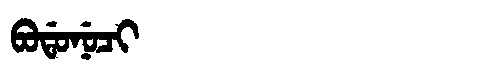
Manchu: ᠪᠣᡩᠣᠨᡠᠴᡳ
Romanization: BODONUCI